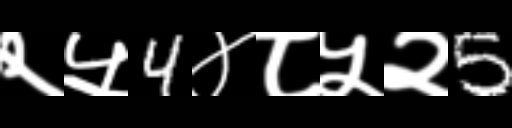
Text: २५4४८५२5